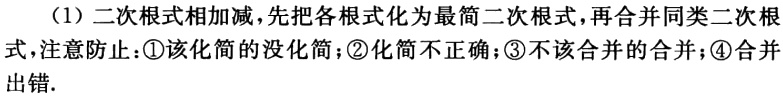
（1）二次根式相加减，先把各根式化为最简二次根式，再合并同类二次根式，注意防止：\textcircled{1}该化简的没化简；\textcircled{2}化简不正确；\textcircled{3}不该合并的合并；\textcircled{4}合并出错.